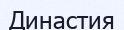
Династия